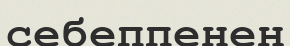
себеппенен